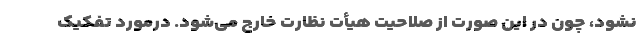
نشود، چون در این صورت از صلاحیت هیأت نظارت خارج می‌شود. درمورد تفکیک